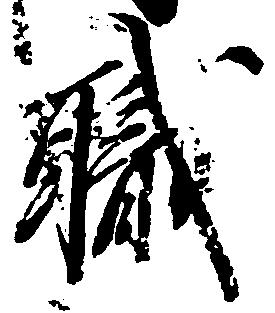
職